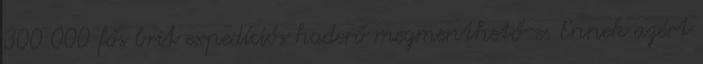
300 000 fős brit expedíciós haderő megmenthető-e. Ennek azért